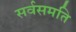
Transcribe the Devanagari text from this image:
सर्वसमति